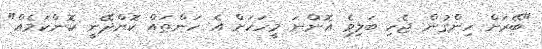
"ބޭރަށް ހިންގުން ޖެހި ބަލިވެ އޮންނަ މީހަކަށް އެ ހަންތައް ކޮށްދޭނީ ކޮންކަމެއް"